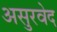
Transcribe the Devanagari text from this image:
असुरवेद